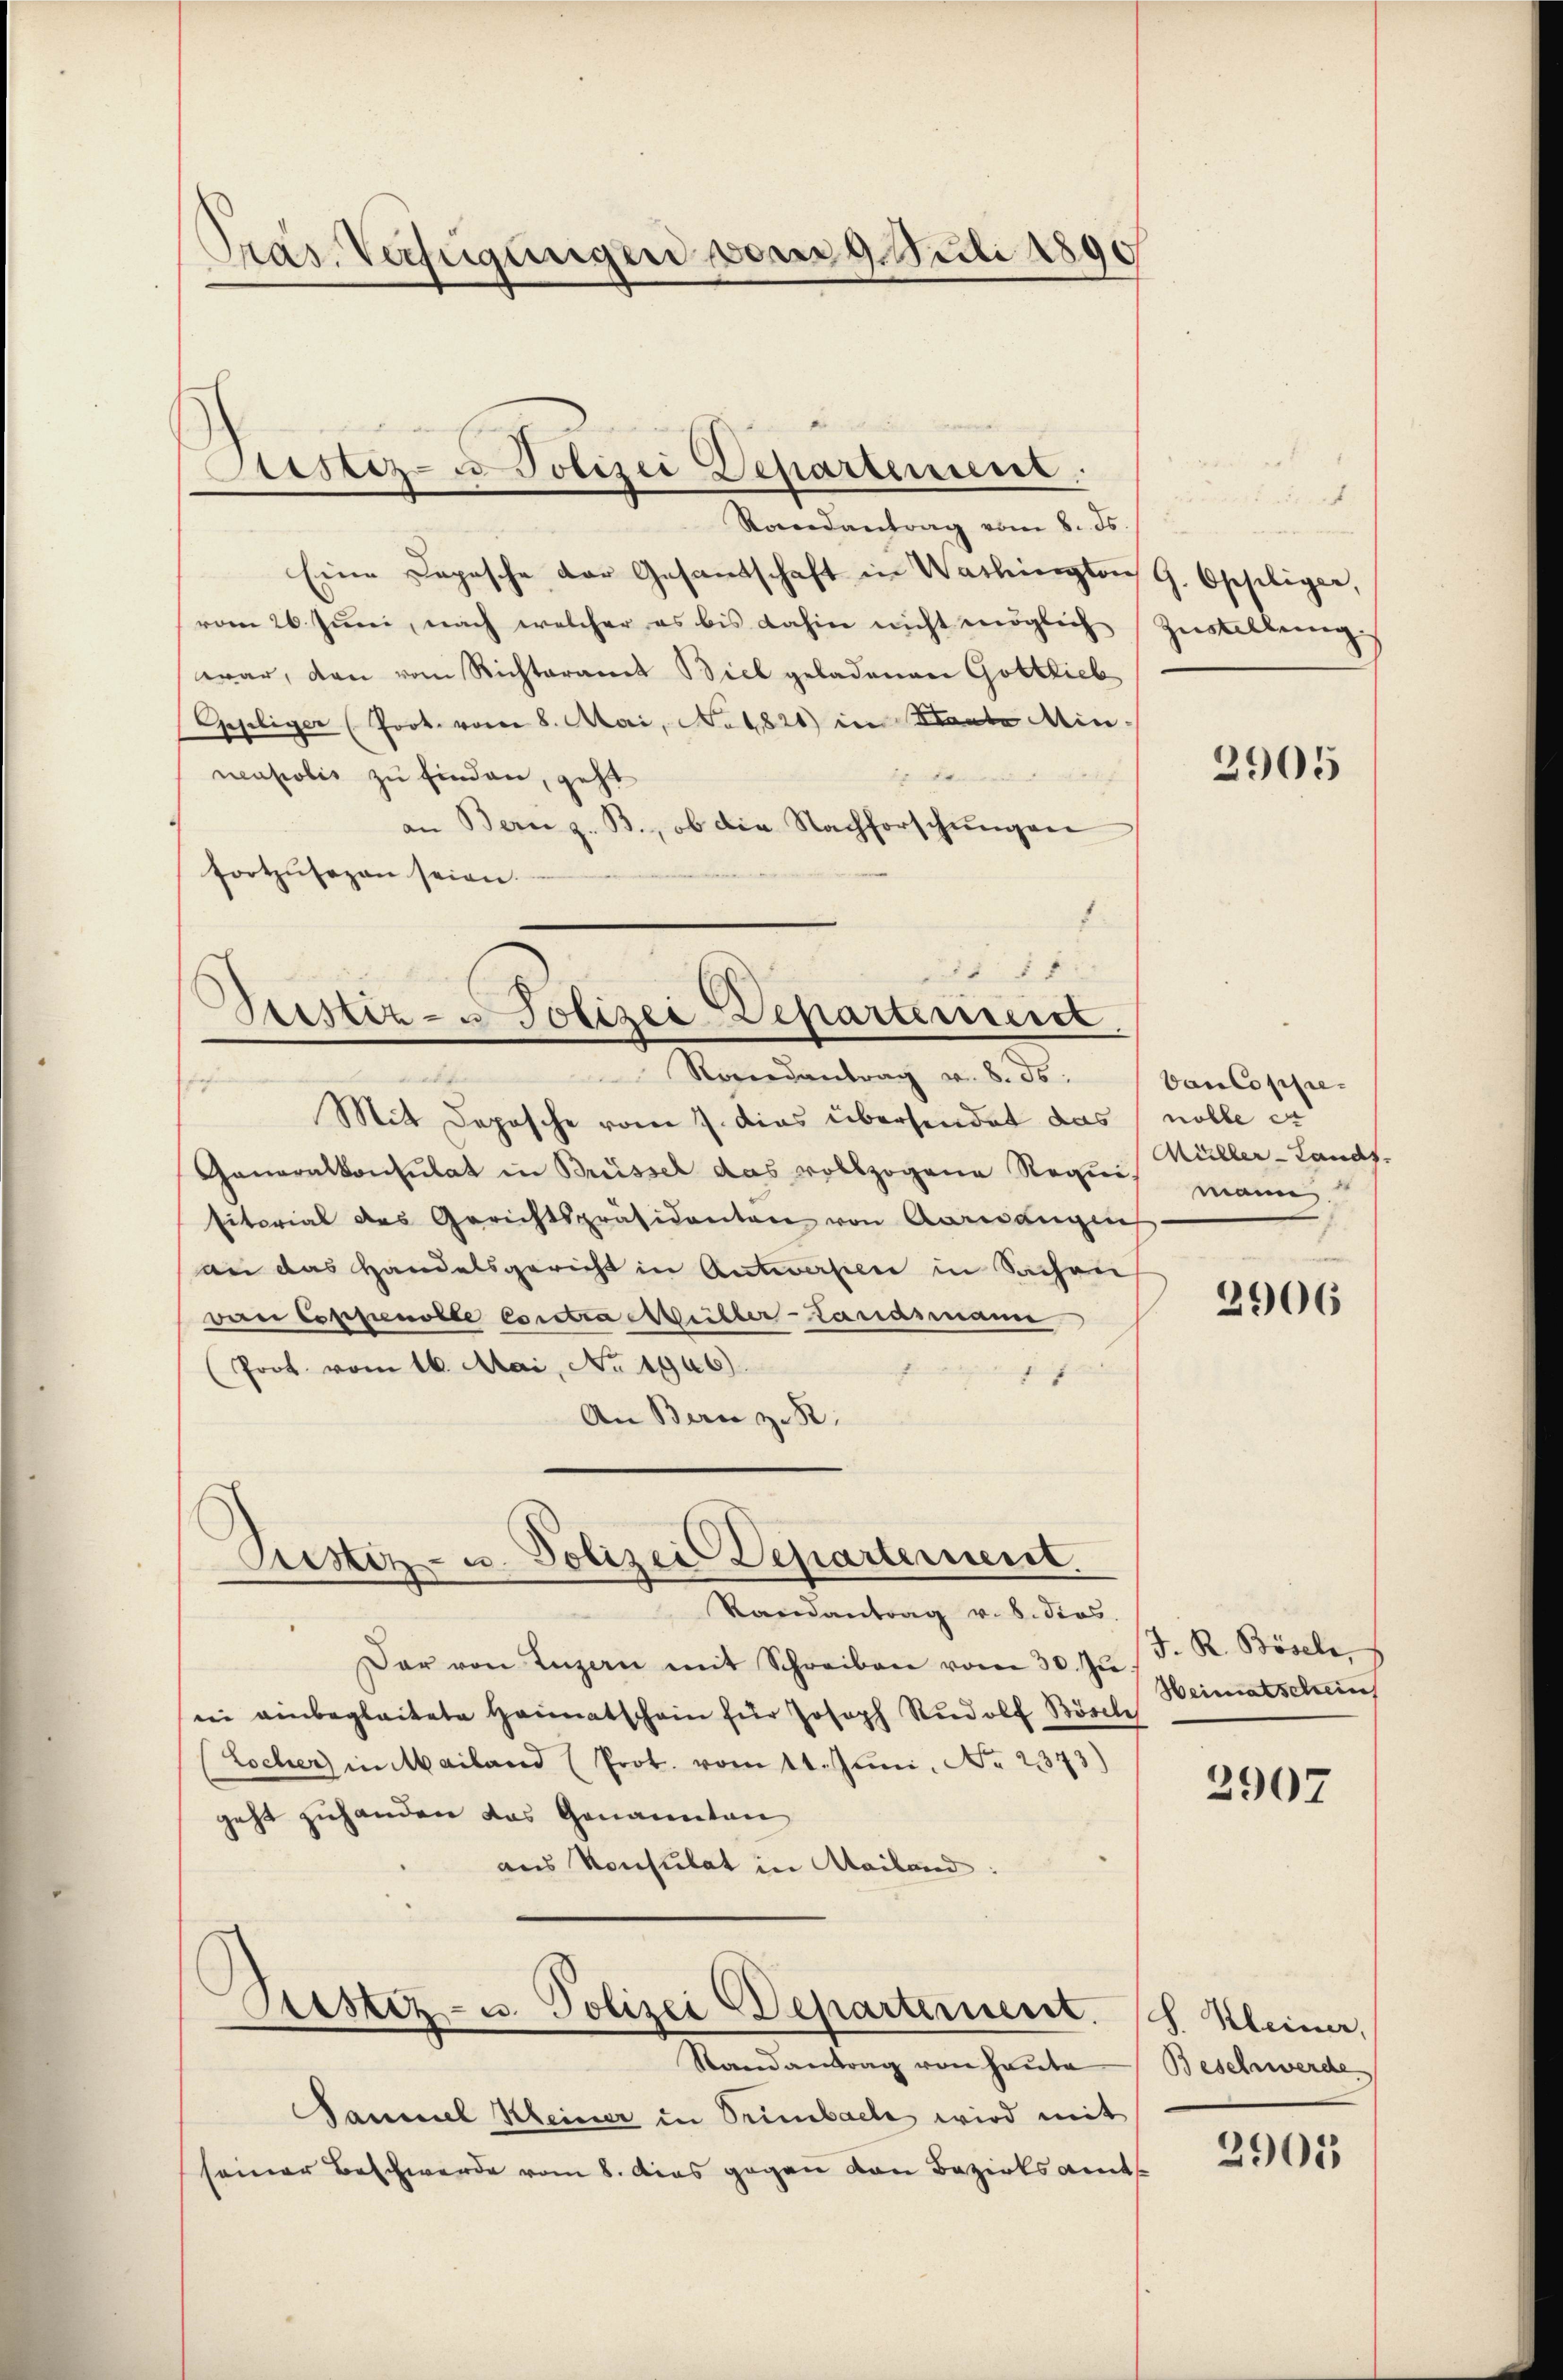
Pras. Verfügungen vom 9. Juli 1890

Rondantrag vom 8. ds.
Eine Depesche der Gesantschaft in Washington G. Opfiliger,
vom 26. Juni, nach welcher es bis dahin nicht möglich
war, den vom Richteramt Biel geladenen Gottlieb
Geseliger (Prok. vom 8. Mai, No. 1821 in Staate Min.
neupolis zu finden, geht
erden
an Bern z. B., ob die Nachforschungen
fortzusagen seien.
f
1 x

Mit Deposche vom 7. dies übersendet das
Generalkonsulat in Brüssel das vollzogene Requis Müller-Lands-
sitorial des Gerichtspräsidenten von Aarwangen
an das Handelsgericht in Antworfen in Sachen
van Coppenolle Esretra Müller-Landsmann
(Prot. vom 16. Mai, No 1906).
d
An Bern z. B.

Justiz- u Polizei Departement.

Gustiz- u Polizei Departerrent
Randantrag v. 8. ds. bancoppre-
s

Rustiz- u. Polizei Departement.

Randantrag v. 8. dies
Dar von Luzern mit Schreiben vom 30. Ju
ii einbegleitete Heimatschein für Joseph Rŭdolf Bösche
Locher in Mailand (Prok. vom 11. Juni, No 2373)
geht zuhanden das Genaientan
aus Konsulat in Mailand:

Aristiz- u. Polizei Departement. S. Kleiner,

Zustellung

Randantrag von Haute
Sammel Kleiner in Trimbache wird mit
seiner Beschwerde vom 8. Das gegen von Bezirksamt

2905

nolle er
mann

2906

J. R. Bösel,
Heimatschein

2907

Beschwerde

2905